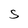
Character: s